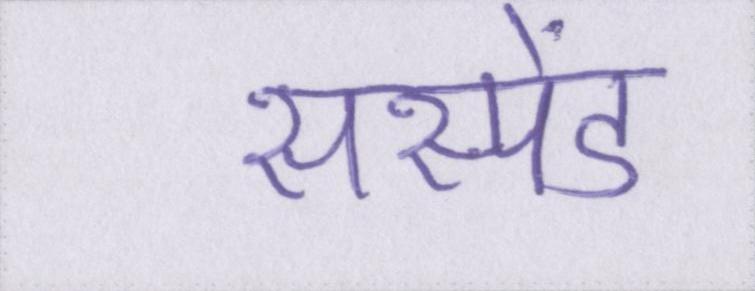
सस्पेंड